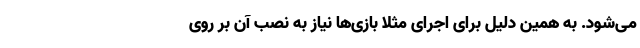
می‌شود. به همین دلیل برای اجرای مثلا بازی‌ها نیاز به نصب آن بر روی